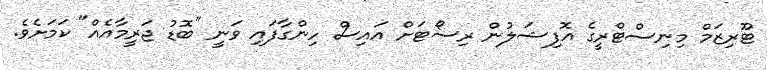
ޓޫރިޒަމް މިނިސްޓްރީގެ އޮފިޝަލުން ރިސޯޓަށް އައިސް ހިންގާފައި ވަނީ "ބޮޑު ޖަރީމާއެއް" ކަމަށެވެ.